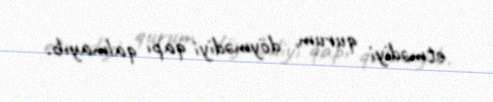
etmədiyi qurum, döymədiyi qapı qalmayıb.